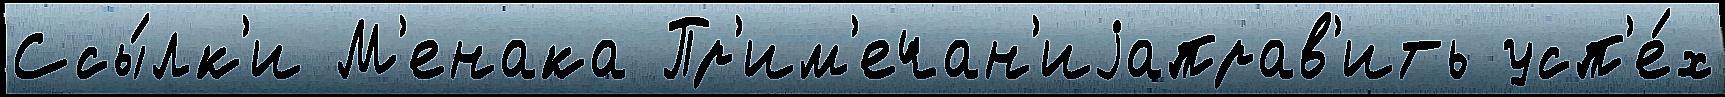
Ссы́лк'и М'енака Пр'им'ечан'иjаправ'ить усп'е́х